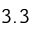
3 . 3